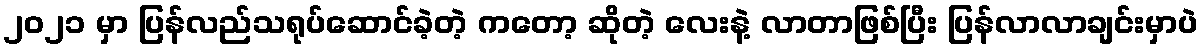
၂၀၂၁ မှာ ပြန်လည်သရုပ်ဆောင်ခဲ့တဲ့ ကတော့ ဆိုတဲ့ လေးနဲ့ လာတာဖြစ်ပြီး ပြန်လာလာချင်းမှာပဲ